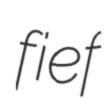
fief